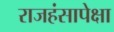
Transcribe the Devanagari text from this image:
राजहंसापेक्षा